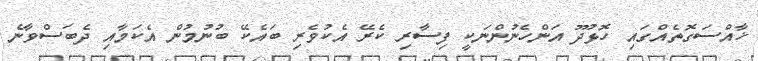
ޚާއްސަގޮތެއްގައި ހޮޅުދޫ އަންހެނުންނަކީ ފިސާރި ކެރޭ އެކުވެރި ބައެކޭ ބުނުމުން އެކަމާއި ދެބަސްވާނެ